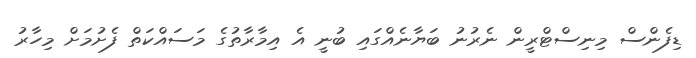
ޑިފެންސް މިނިސްޓްރީން ނެރުނު ބަޔާނެއްގައި ބުނީ އެ އިމާރާތުގެ މަސައްކަތް ފެށުމަށް މިހާރު